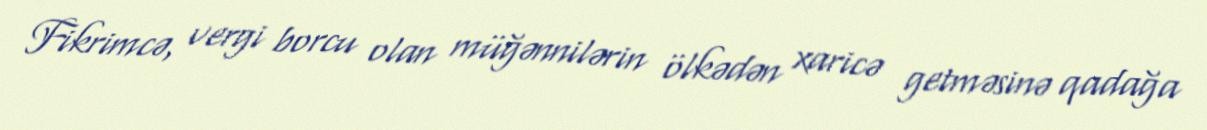
Fikrimcə, vergi borcu olan müğənnilərin ölkədən xaricə getməsinə qadağa